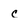
Character: c